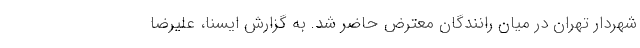
شهردار تهران در میان رانندگان معترض حاضر شد. به گزارش ایسنا، علیرضا